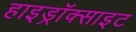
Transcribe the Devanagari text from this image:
हाइड्रॉक्साइट